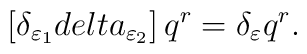
\left[\delta_{\varepsilon_1} \,\\delta_{\varepsilon_2}\right] q^r = \delta_\varepsilon q^r .